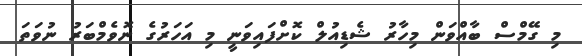
މި ގޭމްސް ބާއްވަން މިހާރު ޝެޑިއުލް ކޮށްފައިވަނީ މި އަހަރުގެ ނޮވެމްބަރު ނުވަތަ